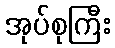
အုပ်စုကြီး